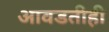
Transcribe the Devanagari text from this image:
आवडतीही